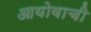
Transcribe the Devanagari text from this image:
आयोवाची